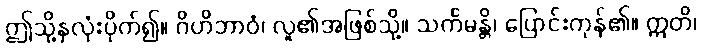
ဤသို့နှလုံးပိုက်၍။ ဂိဟိဘာဝံ၊ လူ၏အဖြစ်သို့။ သင်္ကမန္တိ၊ ပြောင်းကုန်၏။ ဣတိ၊